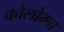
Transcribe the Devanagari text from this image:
कोलोम्बा